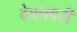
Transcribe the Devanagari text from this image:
देवनवरी